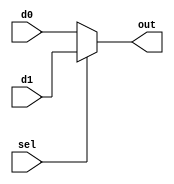
`timescale 1ns / 1ps

module Mux2
#(parameter WIDTH = 8)
(
	input [WIDTH-1:0] d0,d1,
	input 			  sel,
	
	output[WIDTH-1:0] out
);

assign out=sel?d1:d0;

endmodule